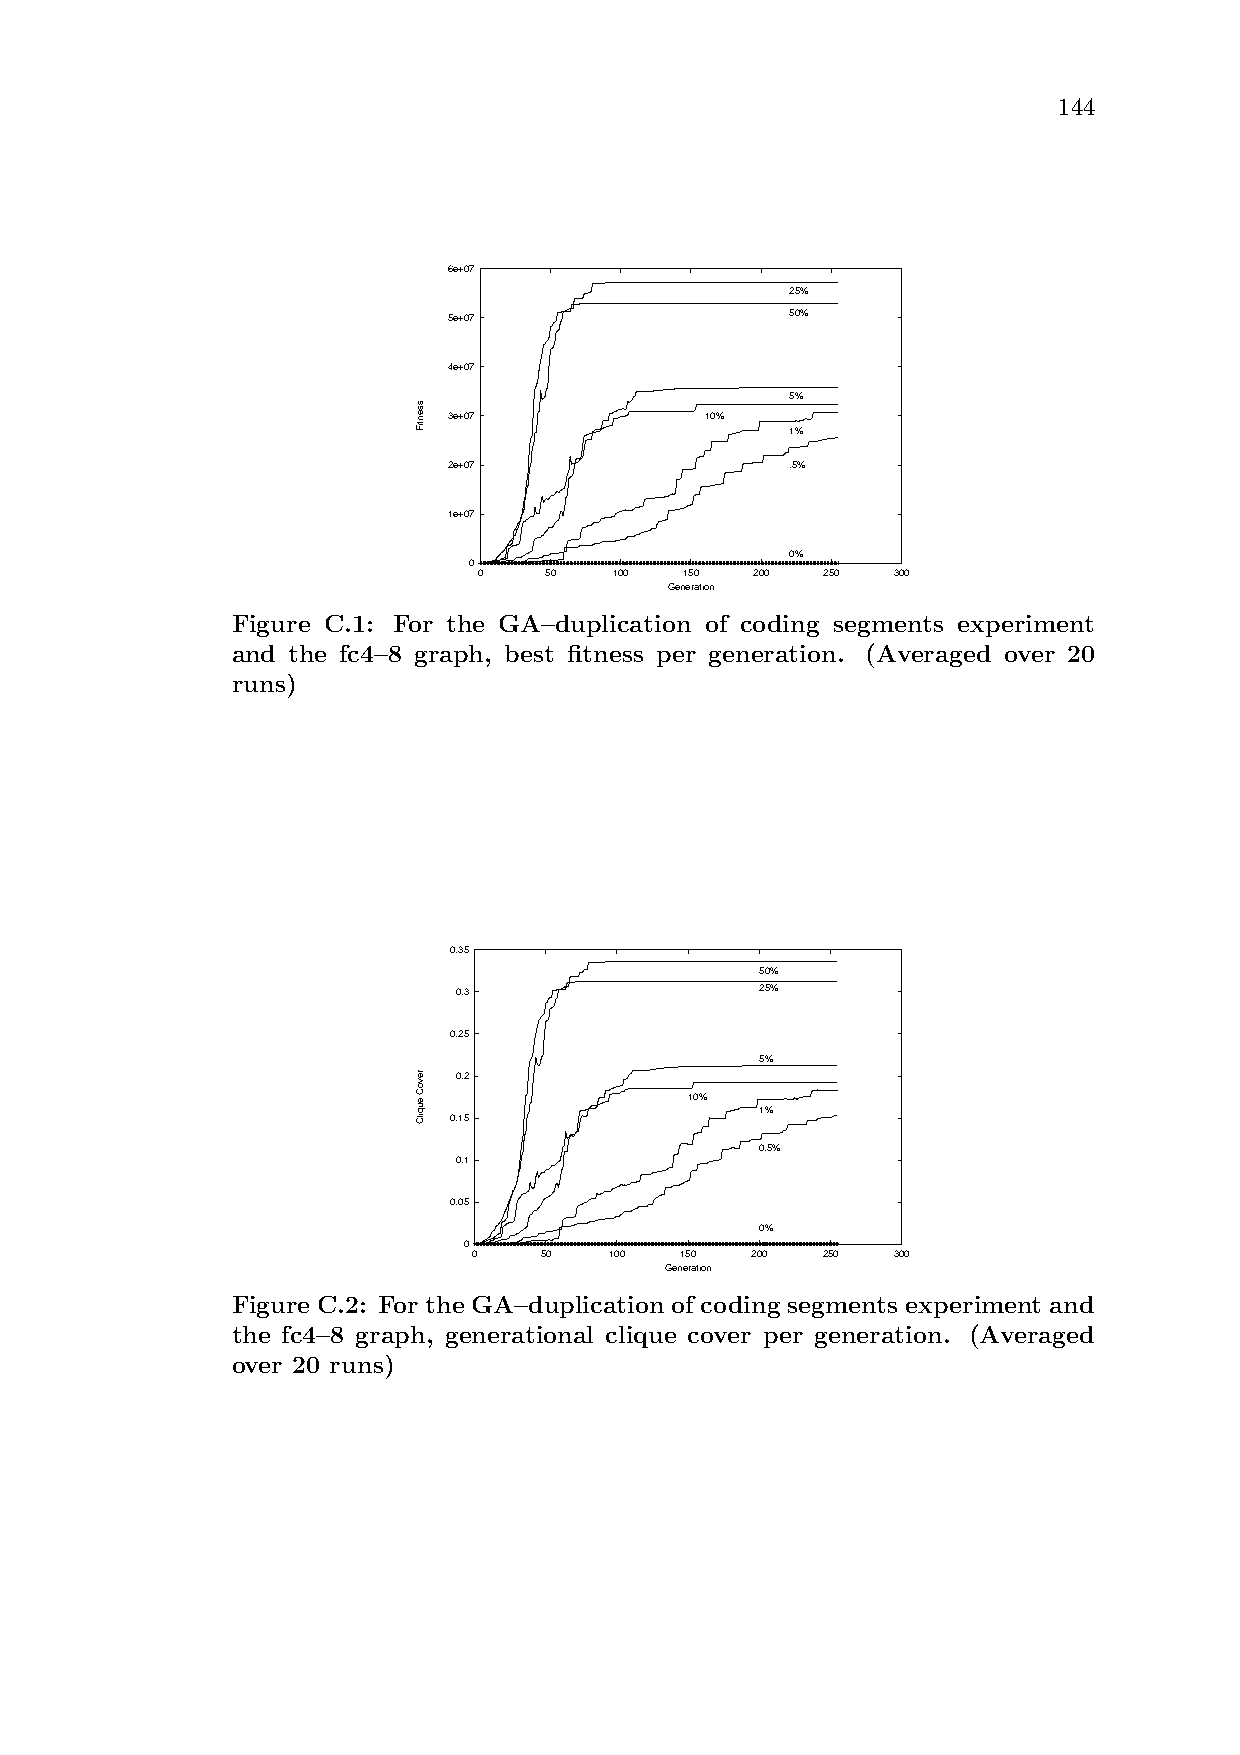
144
 6e+07
 25%
 5e+07                 50%
 4e+07
 5%
 3e+07            10%
 1%
 2e+07                 .5%
 1e+07
 0%
 0
 0   50   100 150  200  250 300
 Generation
 Figure C.1: For the GA–duplication of coding segments experiment
 and the fc4–8 graph, best fitness per generation. (Averaged over 20
 runs)
 0.35
 50%
 0.3                 25%
 0.25
 5%
 0.2
 10%
 1%
 0.15
 0.5%
 0.1
 0.05
 0%
 0
 0    50  100  150  200 250  300
 Generation
 Figure C.2: For the GA–duplication of coding segments experiment and
 the fc4–8 graph, generational clique cover per generation. (Averaged
 over 20 runs)
 ssentiF
 revoC
 euqilC